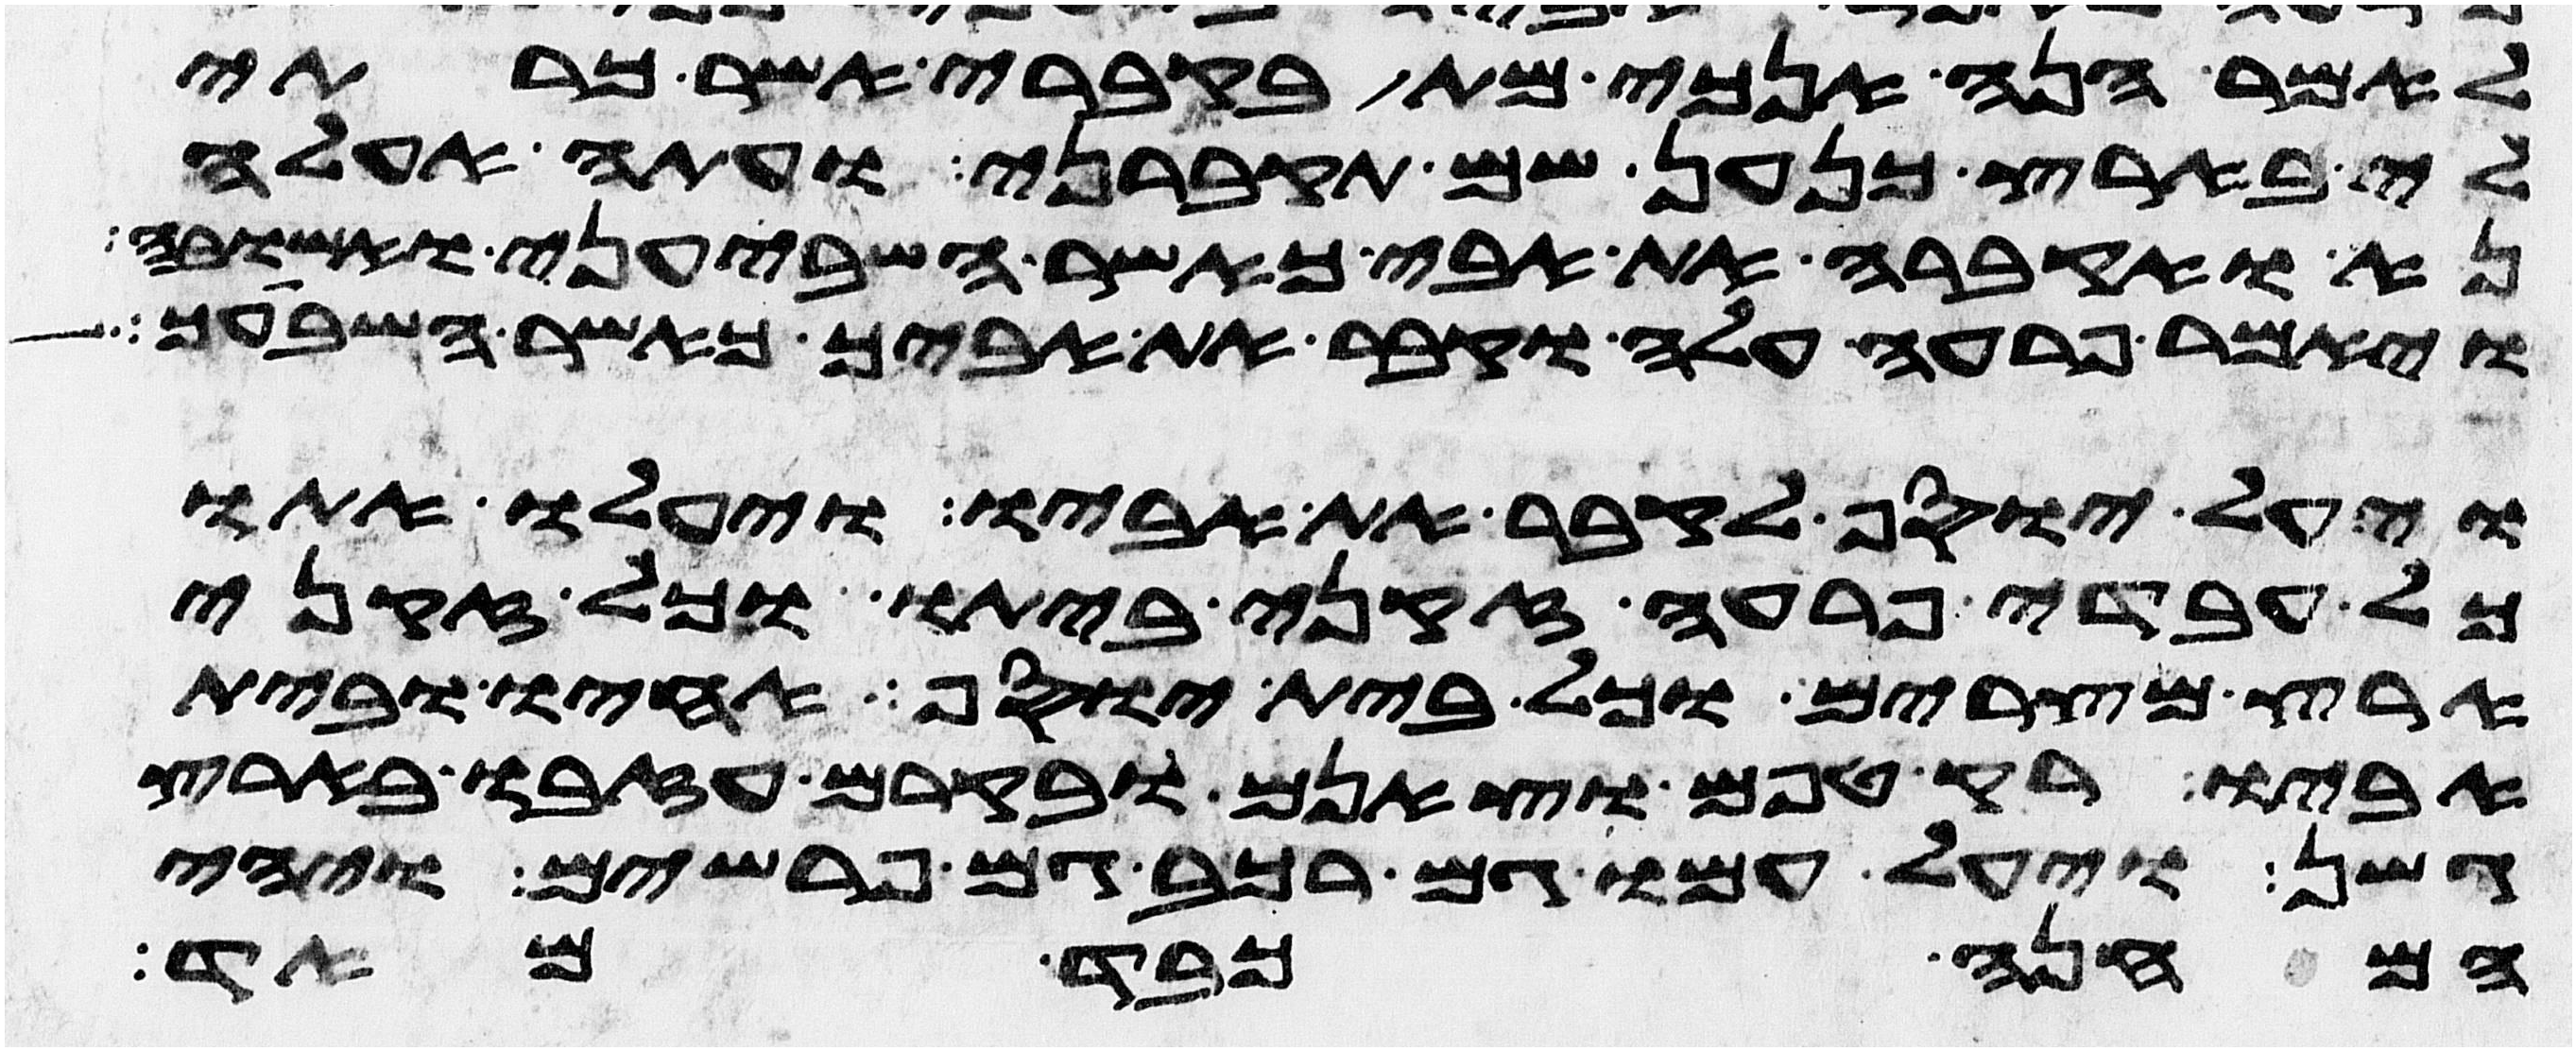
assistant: לאמר הנה אנכי מת בקברי אשר כרתי
לי בארץ כנען שם תקברני ועתה אעלה
נא ואקברה את אבי כאשר השביעני ואשובה
ויאמר פרעה עלה וקבר את אביך כאשר השביעך
ויעל יוסף לקבר את אביו ויעלו אתו
כל עבדי פרעה זקני ביתו וכל זקני
ארץ מצרים וכל בית יוסף אחיו ובית
אביו רק טפם וצאנם ובקרם עזבו בארץ
גשן ויעל עמו גם רכב גם פרשים ויהי
המחנה כבד מאד